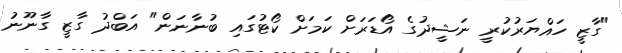
"ގާޒީ ހައްޔަރުކުރީ ނަޝީދުގެ އޯޑަރަށް ކަމަށް ކޯޓުގައި ބުނާނަން" އަބްދު ގާޒީ ގާނޫނު